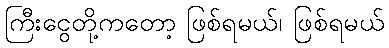
ကြီးငွေတို့ကတော့ ဖြစ်ရမယ်၊ ဖြစ်ရမယ်